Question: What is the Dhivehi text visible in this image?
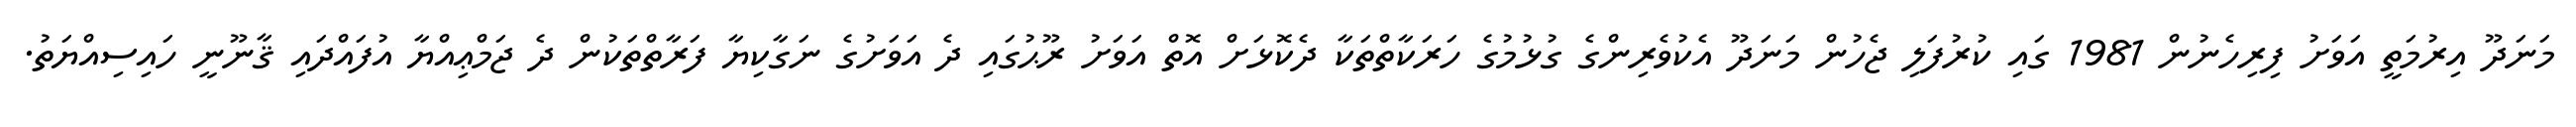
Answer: މަނަދޫ އިރުމަތީ އަވަށު ފިރިހެނުން 1981 ގައި ކުރުފަލި ޖެހުން މަނަދޫ އެކުވެރިންގެ ގުޅުމުގެ ހަރަކާތްތަކާ ދެކޮޅަށް އޮތް އަވަށު ރޫޙުގައި ދެ އަވަށުގެ ނަގާކިޔާ ފަރާތްތަކުން ދެ ޖަމްޢިއްޔާ އުފައްދައި ޤާނޫނީ ހައިސިއްޔަތު.